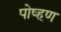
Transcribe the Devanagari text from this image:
पोष्हण